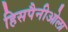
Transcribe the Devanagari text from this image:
हिसपैनीओला